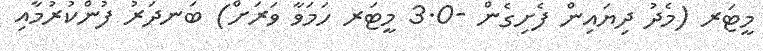
މީޓަރ (މެދު ދިޔައިން ފެށިގެން -3.0 މީޓަރ ހަމަވާ ވަރަށް) ބަނދަރު ފުންކުރުމާއި